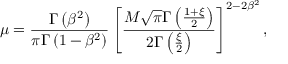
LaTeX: \mu = \frac { \Gamma \left( \beta ^ { 2 } \right) } { \pi \Gamma \left( 1 - \beta ^ { 2 } \right) } \left[ \frac { M \sqrt { \pi } \Gamma \left( \frac { 1 + \xi } { 2 } \right) } { 2 \Gamma \left( \frac { \xi } { 2 } \right) } \right] ^ { 2 - 2 \beta ^ { 2 } } ,